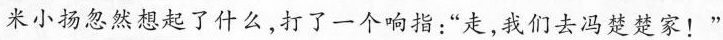
米小扬忽然想起了什么,打了一个响指:“走，我们去冯楚楚家!"